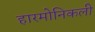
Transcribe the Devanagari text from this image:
हारमोनिकली